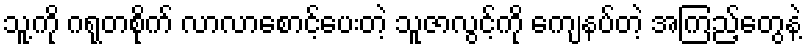
သူ့ကို ဂရုတစိုက် လာလာစောင့်ပေးတဲ့ သူဇာလွင့်ကို ကျေနပ်တဲ့ အကြည့်တွေနဲ့